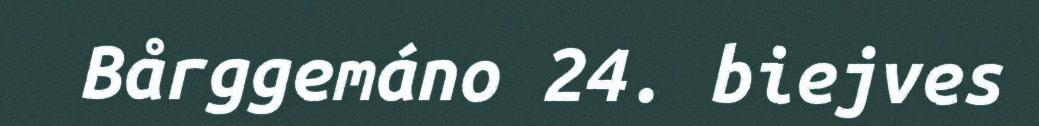
Bårggemáno 24. biejves